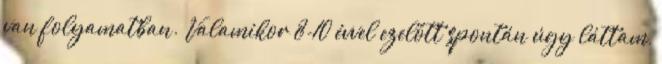
van folyamatban. Valamikor 8-10 évvel ezelőtt spontán úgy láttam,